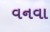
વનવા